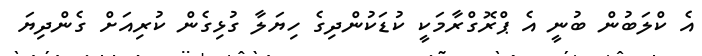
އެ ކްލަބުން ބުނީ އެ ޕްރޮގްރާމަކީ ކުޑަކުންދިގެ ހިޔަލާ ގުޅިގެން ކުރިއަށް ގެންދިޔަ